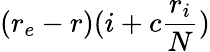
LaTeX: (r_{e}-r)(i+c\frac{r_{i}}{N})